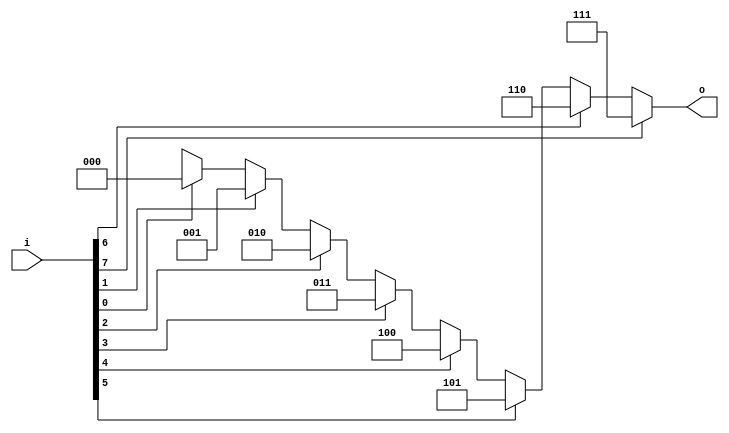
`timescale 1ns / 1ps


module priorityencoder_8to3(
    input [7:0] i,
    output reg [2:0] o
    );
    
    always @ (*)
        begin
            if(i[7])      o = 3'd7 ;
            else if(i[6]) o = 3'd6 ;
            else if(i[5]) o = 3'd5 ;
            else if(i[4]) o = 3'd4 ;
            else if(i[3]) o = 3'd3 ;
            else if(i[2]) o = 3'd2 ;
            else if(i[1]) o = 3'd1 ;
            else if(i[0]) o = 3'd0 ;    
            else          o = 3'dx ;
        end
endmodule